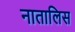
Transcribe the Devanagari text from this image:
नातालिस